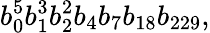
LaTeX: b_{0}^{5}b_{1}^{3}b_{2}^{2}b_{4}b_{7}b_{18}b_{229},